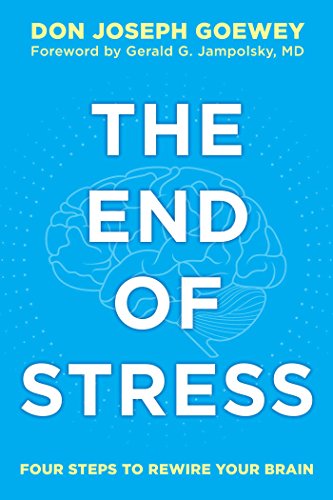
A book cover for The End of Stress: Four Steps to Rewire Your Brain; Don Joseph Goewey; Health, Fitness & Dieting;